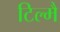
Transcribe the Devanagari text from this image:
टिल्मै